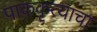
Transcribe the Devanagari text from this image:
पाककृत्यांचा